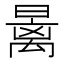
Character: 𰖩